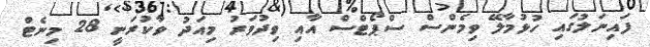
ފައިނަލުގައި ހުޅުމާލޭ ވިމެންސް ސްޕޯޓްސް އާއި ވިދުވަރު މިއަދު ވާކުރަނީ 28 މިނެޓް